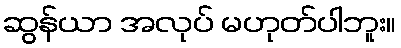
ဆွန်ယာ အလုပ် မဟုတ်ပါဘူး။